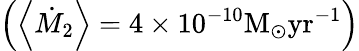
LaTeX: \left(\left<\dot{M}_{\mathrm{2}}\right>=4\times 10^{-10}\mathrm{{M}_{\odot}\mathrm{{yr}^{-1}}}\right)